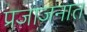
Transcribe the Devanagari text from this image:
प्रजाजनात